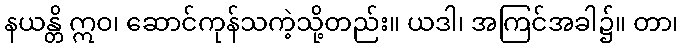
နယန္တိ ဣဝ၊ ဆောင်ကုန်သကဲ့သို့တည်း။ ယဒါ၊ အကြင်အခါ၌။ တာ၊